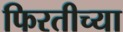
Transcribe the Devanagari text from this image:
फिरतीच्या